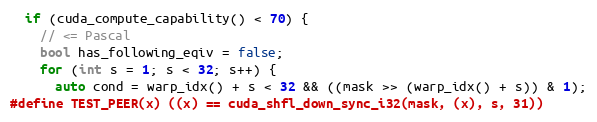
Language: C
  if (cuda_compute_capability() < 70) {
    // <= Pascal
    bool has_following_eqiv = false;
    for (int s = 1; s < 32; s++) {
      auto cond = warp_idx() + s < 32 && ((mask >> (warp_idx() + s)) & 1);
#define TEST_PEER(x) ((x) == cuda_shfl_down_sync_i32(mask, (x), s, 31))